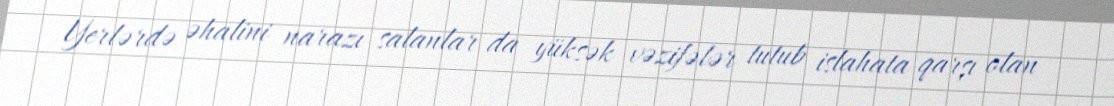
Yerlərdə əhalini narazı salanlar da yüksək vəzifələr tutub islahata qarşı olan